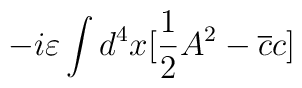
-i\varepsilon \int d^{4}x[\frac{1}{2}A^{2}-\overline{c}c]